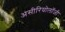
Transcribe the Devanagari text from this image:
असीरियोलॉजी